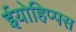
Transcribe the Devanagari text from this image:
ईयोहिप्पस